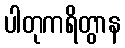
ပါတုကရိတွာန